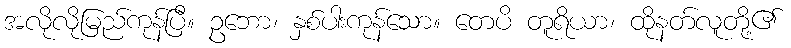
အလိုလိုမြည်ကုန်ပြီ။ ဥဘော၊ နှစ်ပါးကုန်သော။ တေပိ တူရိယာ၊ ထိုနတ်လူတို့၏